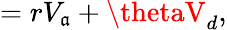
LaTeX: =rV_{\mathfrak{a}}+\thetaV_{d},